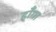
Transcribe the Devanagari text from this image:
हाँगा